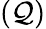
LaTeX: (\mathcal{Q})